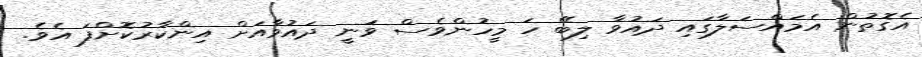
އެގޮތުން އެމައްސަލާގައި ދައުވާ ލިބޭ ހަ މީހުންވެސް ވަނީ ދައުވާއަށް އިންކާރުކޮށްފަ އެވެ.